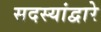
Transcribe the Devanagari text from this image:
सदस्यांद्वारे